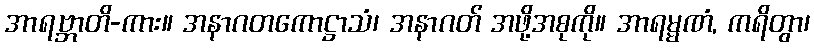
အာရဗ္ဘာတိ-ကား။ အနာဂတကောဋ္ဌာသံ၊ အနာဂတ် အဖို့အစုကို။ အာရမ္မဏံ, ကရိတွာ၊